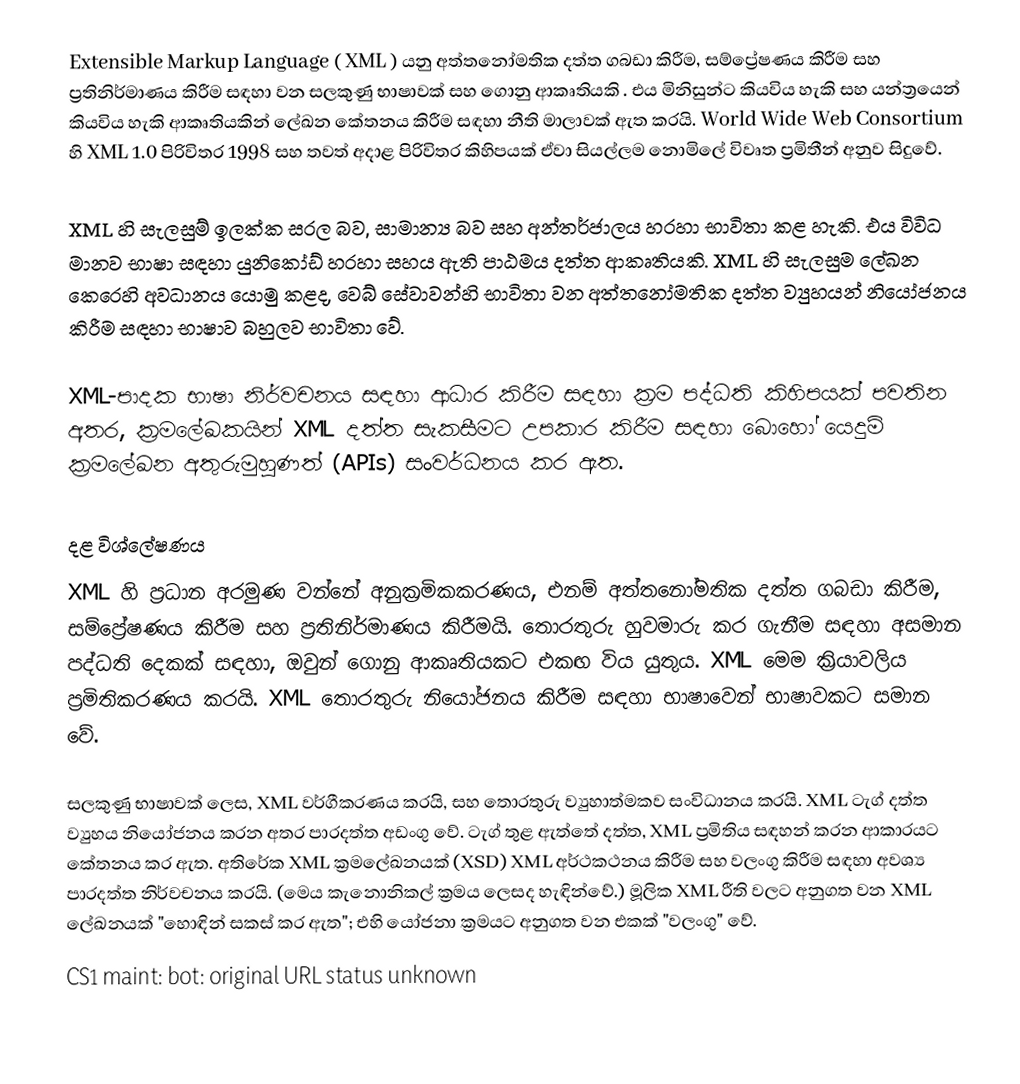
Extensible Markup Language ( XML ) යනු අත්තනෝමතික දත්ත ගබඩා කිරීම, සම්ප්‍රේෂණය කිරීම සහ ප්‍රතිනිර්මාණය කිරීම සඳහා වන සලකුණු භාෂාවක් සහ ගොනු ආකෘතියකි . එය මිනිසුන්ට කියවිය හැකි සහ යන්ත්‍රයෙන් කියවිය හැකි ආකෘතියකින් ලේඛන කේතනය කිරීම සඳහා නීති මාලාවක් ඇත කරයි. World Wide Web Consortium හි XML 1.0 පිරිවිතර  1998  සහ තවත් අදාළ පිරිවිතර කිහිපයක්  ඒවා සියල්ලම නොමිලේ විවෘත ප්‍රමිතීන් අනුව සිදුවේ.

XML හි සැලසුම් ඉලක්ක සරල බව, සාමාන්‍ය බව සහ අන්තර්ජාලය හරහා භාවිතා කළ හැකි.  එය විවිධ මානව භාෂා සඳහා යුනිකෝඩ් හරහා සහය ඇති පාඨමය දත්ත ආකෘතියකි. XML හි සැලසුම ලේඛන කෙරෙහි අවධානය යොමු කළද, වෙබ් සේවාවන්හි භාවිතා වන අත්තනෝමතික දත්ත ව්‍යුහයන්  නියෝජනය කිරීම සඳහා භාෂාව බහුලව භාවිතා වේ.

XML-පාදක භාෂා නිර්වචනය සඳහා ආධාර කිරීම සඳහා ක්‍රම පද්ධති කිහිපයක් පවතින අතර, ක්‍රමලේඛකයින් XML දත්ත සැකසීමට උපකාර කිරීම සඳහා බොහෝ යෙදුම් ක්‍රමලේඛන අතුරුමුහුණත් (APIs) සංවර්ධනය කර ඇත.

දළ විශ්ලේෂණය
XML හි ප්‍රධාන අරමුණ වන්නේ අනුක්‍රමිකකරණය, එනම් අත්තනෝමතික දත්ත ගබඩා කිරීම, සම්ප්‍රේෂණය කිරීම සහ ප්‍රතිනිර්මාණය කිරීමයි. තොරතුරු හුවමාරු කර ගැනීම සඳහා අසමාන පද්ධති දෙකක් සඳහා, ඔවුන් ගොනු ආකෘතියකට එකඟ විය යුතුය. XML මෙම ක්‍රියාවලිය ප්‍රමිතිකරණය කරයි. XML තොරතුරු නියෝජනය කිරීම සඳහා භාෂාවෙන් භාෂාවකට සමාන වේ.

සලකුණු භාෂාවක් ලෙස, XML වර්ගීකරණය කරයි, සහ තොරතුරු ව්‍යුහාත්මකව සංවිධානය කරයි.  XML ටැග් දත්ත ව්‍යුහය නියෝජනය කරන අතර පාරදත්ත අඩංගු වේ. ටැග් තුළ ඇත්තේ දත්ත, XML ප්‍රමිතිය සඳහන් කරන ආකාරයට කේතනය කර ඇත.  අතිරේක XML ක්‍රමලේඛනයක් (XSD) XML අර්ථකථනය කිරීම සහ වලංගු කිරීම සඳහා අවශ්‍ය පාරදත්ත නිර්වචනය කරයි. (මෙය කැනොනිකල් ක්‍රමය ලෙසද හැඳින්වේ.)  මූලික XML රීති වලට අනුගත වන XML ලේඛනයක් "හොඳින් සකස් කර ඇත"; එහි යෝජනා ක්‍රමයට අනුගත වන එකක් "වලංගු" වේ.
CS1 maint: bot: original URL status unknown